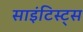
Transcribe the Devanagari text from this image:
साइंटिस्ट्स